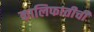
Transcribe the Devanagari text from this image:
कालिफातीची